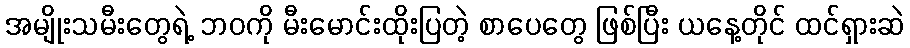
အမျိုးသမီးတွေရဲ့ ဘဝကို မီးမောင်းထိုးပြတဲ့ စာပေတွေ ဖြစ်ပြီး ယနေ့တိုင် ထင်ရှားဆဲ